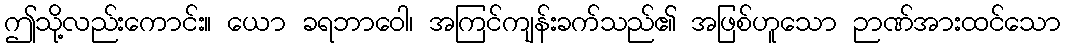
ဤသို့လည်းကောင်း။ ယော ခရဘာဝေါ၊ အကြင်ကျန်းခက်သည်၏ အဖြစ်ဟူသော ဉာဏ်အားထင်သော